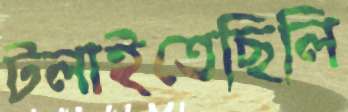
টলাইতেছিলি